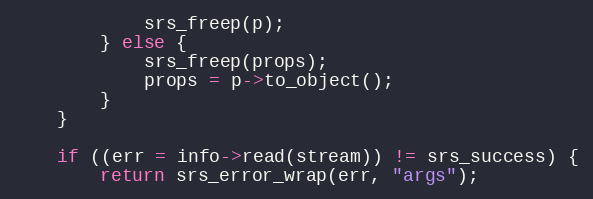
Language: C++
            srs_freep(p);
        } else {
            srs_freep(props);
            props = p->to_object();
        }
    }

    if ((err = info->read(stream)) != srs_success) {
        return srs_error_wrap(err, "args");